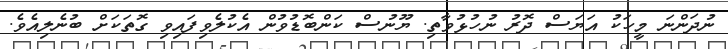
ނުދަންނަ މީހަކު އަޔަސް ދޮރު ނުހުޅުވާތި. ޔޫނުސް ކަންބޮޑުވުން އެކުލެވިފައިވި ގޮތަކަށް ބުނެލިއެވެ.